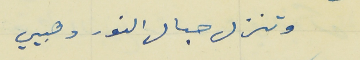
وتنزل حبال النور دهبيي